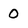
Character: O